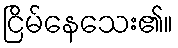
ငြိမ်နေသေး၏။